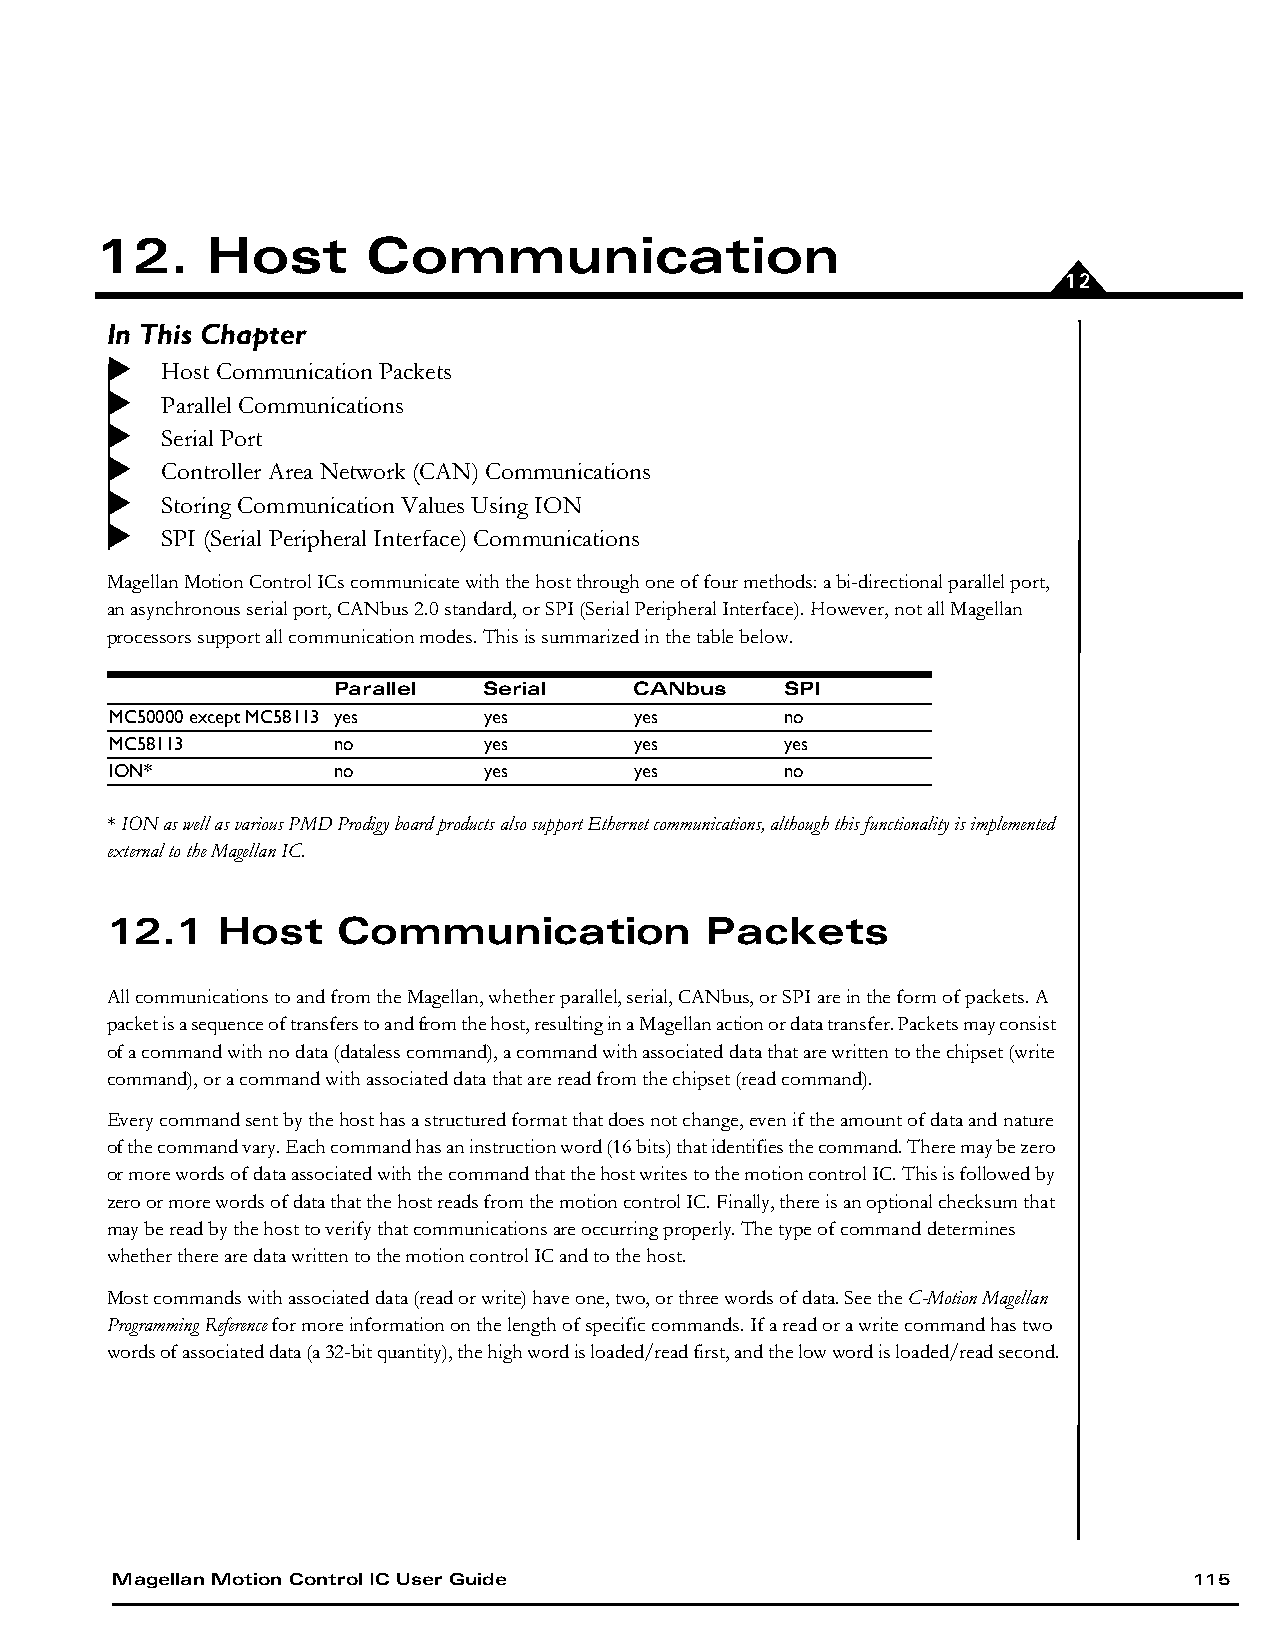
12.     Host      Communication
 12
 In This Chapter
 Host Communication Packets
 Parallel Communications
 Serial Port
 Controller Area Network (CAN) Communications
 Storing Communication Values Using ION
 SPI (Serial Peripheral Interface) Communications
 Magellan Motion Control ICs communicate with the host through one of four methods: a bi-directional parallel port,
 an asynchronous serial port, CANbus 2.0 standard, or SPI (Serial Peripheral Interface). However, not all Magellan
 processors support all communication modes. This is summarized in the table below.
 Parallel  Serial    CANbus    SPI
 MC50000 except MC58113 yes yes     yes       no
 MC58113        no        yes       yes       yes
 ION*           no        yes       yes       no
 * ION as well as various PMD Prodigy board products also support Ethernet communications, although this functionality is implemented
 external to the Magellan IC.
 12.1   Host    Communication            Packets
 All communications to and from the Magellan, whether parallel, serial, CANbus, or SPI are in the form of packets. A
 packet is a sequence of transfers to and from the host, resulting in a Magellan action or data transfer. Packets may consist
 of a command with no data (dataless command), a command with associated data that are written to the chipset (write
 command), or a command with associated data that are read from the chipset (read command).
 Every command sent by the host has a structured format that does not change, even if the amount of data and nature
 of the command vary. Each command has an instruction word (16 bits) that identifies the command. There may be zero
 or more words of data associated with the command that the host writes to the motion control IC. This is followed by
 zero or more words of data that the host reads from the motion control IC. Finally, there is an optional checksum that
 may be read by the host to verify that communications are occurring properly. The type of command determines
 whether there are data written to the motion control IC and to the host.
 Most commands with associated data (read or write) have one, two, or three words of data. See the C-Motion Magellan
 Programming Reference for more information on the length of specific commands. If a read or a write command has two
 words of associated data (a 32-bit quantity), the high word is loaded/read first, and the low word is loaded/read second.
 Magellan Motion Control IC User Guide                                   115